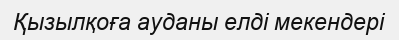
Қызылқоға ауданы елді мекендері